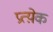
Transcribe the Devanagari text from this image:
प्रत्य़ेक